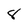
Character: 8